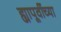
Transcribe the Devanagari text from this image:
ह्यापूर्वीच्या